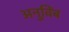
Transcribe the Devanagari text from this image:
अनुविंब